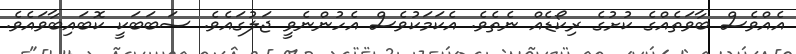
އެއްވެސް ބާވަތެއްގެ ކުށުގެ ރިކޯޑެއް ނެތެވެ. އެކަމަކުވެސް އެހުންނެވީ ޖަލުގައެވެ. ސަބަބަކީ ކޮބައިބާވައެވެ.